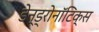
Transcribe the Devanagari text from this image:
डेन्ड्रोनॉटिक्स